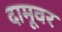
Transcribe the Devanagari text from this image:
दामूवर